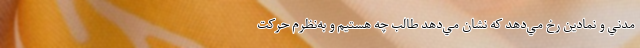
مدني و نمادين رخ مي‌دهد که نشان مي‌دهد طالب چه هستيم و به‌نظرم حرکت